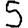
Digit: 5